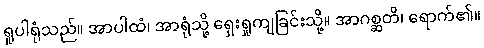
ရူပါရုံသည်။ အာပါထံ၊ အာရုံသို့ ရှေးရှုကျခြင်းသို့။ အာဂစ္ဆတိ၊ ရောက်၏။